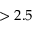
> 2 . 5